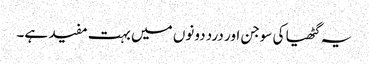
یہ گٹھیا کی سوجن اور درد دونوں میں بہت مفید ہے۔